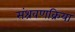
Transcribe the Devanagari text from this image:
संश्रवणक्रिया